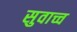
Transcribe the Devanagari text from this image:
सुवाच्च